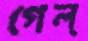
গেল্